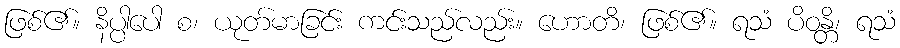
ဖြစ်၏။ နိပ္ပါပေါ စ၊ ယုတ်မာခြင်း ကင်းသည်လည်း။ ဟောတိ၊ ဖြစ်၏။ ရသံ ပိဝန္တိ၊ ရသံ